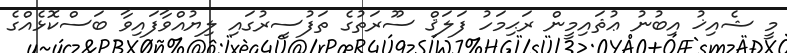
މީ ޝެއިޚު އިބުނު ޢުޘައިމީން ރަޙިމަހު ފަލަޤް ސޫރަތުގެ ތަފުސީރުގައި ލިޔުއްވާފައިވާ ބަސްކޮޅެއްގެ